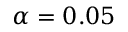
\alpha = 0 . 0 5